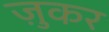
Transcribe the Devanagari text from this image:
ज़ुकर